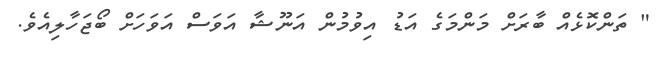
" ތަންކޮޅެއް ބާރަށް މަންމަގެ އަޑު އިވުމުން އަނޫޝާ އަވަސް އަވަހަށް ބޯޖަހާލިއެވެ.